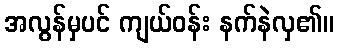
အလွန်မှပင် ကျယ်ဝန်း နက်နဲလှ၏။